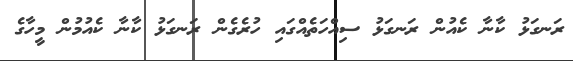
ރަނގަޅު ކާނާ ކެއުން ރަނގަޅު ސިއްހަތެއްގައި ހުރެގެން ރަނގަޅު ކާނާ ކެއުމުން މީހާގެ